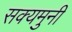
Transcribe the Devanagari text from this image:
सक्यमुनी